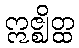
ဣဇ္ဈိတ္ထ